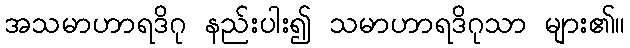
အသမာဟာရဒိဂု နည်းပါး၍ သမာဟာရဒိဂုသာ များ၏။